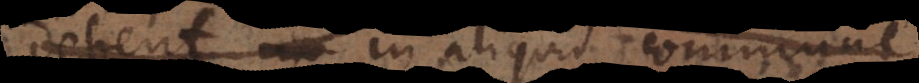
debent in aliquid commune